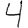
Digit: 4